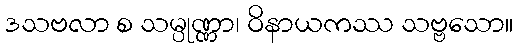
ဒသဗလာ စ သမ္ပုဏ္ဏာ၊ ဝိနာယကဿ သဗ္ဗသော။